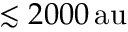
\lesssim 2 0 0 0 { \mathrm { \, a u } }